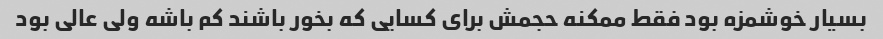
بسیار خوشمزه بود فقط ممکنه حجمش برای کسایی که بخور باشند کم باشه ولی عالی بود